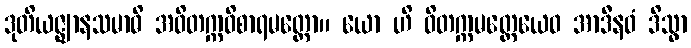
ဒုတိယဇ္ဈာနသမာဓိ အဝိတက္ကဝိစာရမတ္တော။ ယော ဟိ ဝိတက္ကမတ္တေယေဝ အာဒီနဝံ ဒိသွာ